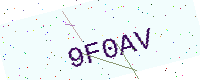
Text: 9F0AV